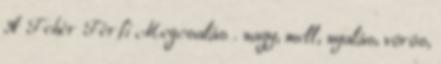
A Fehér Férfi Megcsalás . nagy, mell, nyalás, vörös,